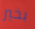
بخير